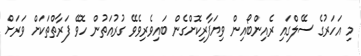
މި އަހަރުގެ ސޭލްގައި ރެއިންބޯއިން ވިޔަފާރިކޮށްގެން ބައިވެރިވެވޭ ގުރުއަތުން ހޮވޭ ފަރާތްތަކަށް ވަރަށް